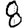
Digit: 8